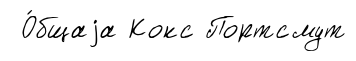
О́бщаjа Кокс Портсмут